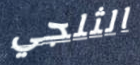
الثلجي